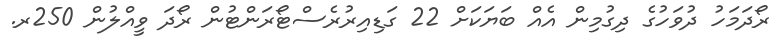
ރޯދަމަހު ދުވަހުގެ ދިގުމިން އެއް ބަޔަކަށް 22 ގަޑިއިރުރެސްޓޯރަންޓުން ރޯދަ ވީއްލުން 250ރ.